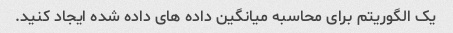
یک الگوریتم برای محاسبه میانگین داده های داده شده ایجاد کنید.